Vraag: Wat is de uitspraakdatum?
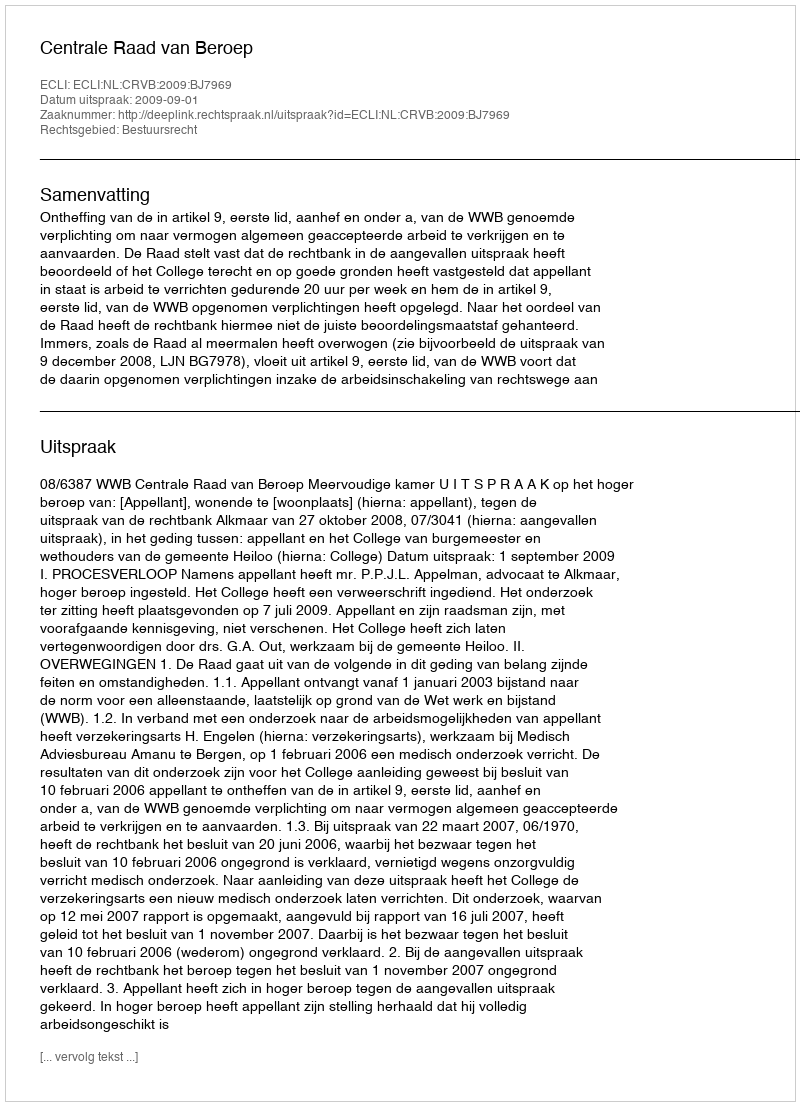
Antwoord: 2009-09-01